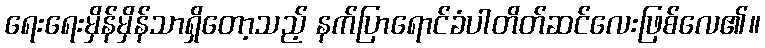
ရေးရေးမှိန်မှိန်သာရှိတော့သည့် နက်ပြာရောင်ခံပါတိတ်ဆင်လေးဖြစ်လေ၏။